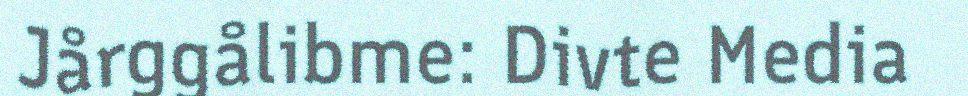
Jårggålibme: Divte Media